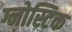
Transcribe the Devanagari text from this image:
ग्नोस्टिक